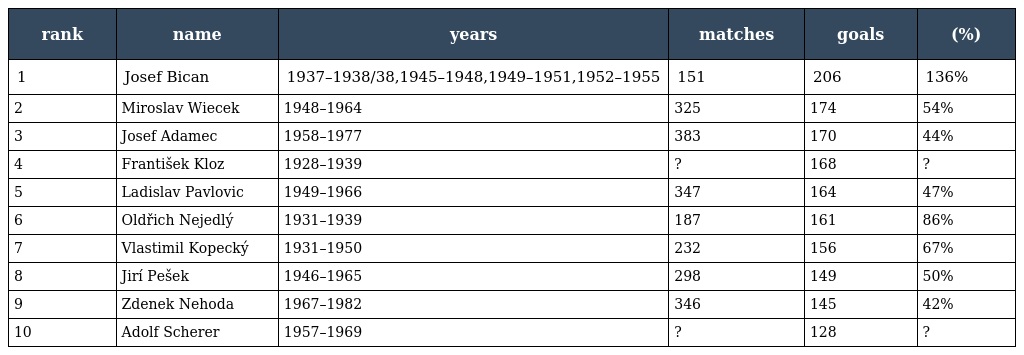
| rank | name | years | matches | goals | (%) |
 | --- | --- | --- | --- | --- | --- |
 | 1 | Josef Bican | 1937–1938/38,1945–1948,1949–1951,1952–1955 | 151 | 206 | 136% |
 | 2 | Miroslav Wiecek | 1948–1964 | 325 | 174 | 54% |
 | 3 | Josef Adamec | 1958–1977 | 383 | 170 | 44% |
 | 4 | František Kloz | 1928–1939 | ? | 168 | ? |
 | 5 | Ladislav Pavlovic | 1949–1966 | 347 | 164 | 47% |
 | 6 | Oldřich Nejedlý | 1931–1939 | 187 | 161 | 86% |
 | 7 | Vlastimil Kopecký | 1931–1950 | 232 | 156 | 67% |
 | 8 | Jirí Pešek | 1946–1965 | 298 | 149 | 50% |
 | 9 | Zdenek Nehoda | 1967–1982 | 346 | 145 | 42% |
 | 10 | Adolf Scherer | 1957–1969 | ? | 128 | ? |